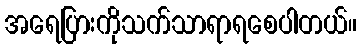
အရေပြားကိုသက်သာရာရစေပါတယ်။